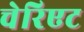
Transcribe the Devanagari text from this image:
चेरिएट